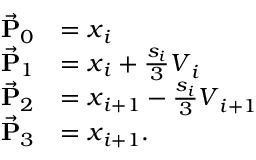
\begin{array} { r l } { \vec { \bf P } _ { 0 } } & { = \ensuremath { \boldsymbol { x } } _ { i } } \\ { \vec { \bf P } _ { 1 } } & { = \ensuremath { \boldsymbol { x } } _ { i } + \frac { s _ { i } } { 3 } \ensuremath { \boldsymbol { V } } _ { i } } \\ { \vec { \bf P } _ { 2 } } & { = \ensuremath { \boldsymbol { x } } _ { i + 1 } - \frac { s _ { i } } { 3 } \ensuremath { \boldsymbol { V } } _ { i + 1 } } \\ { \vec { \bf P } _ { 3 } } & { = \ensuremath { \boldsymbol { x } } _ { i + 1 } . } \end{array}